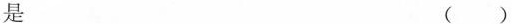
是 ( )